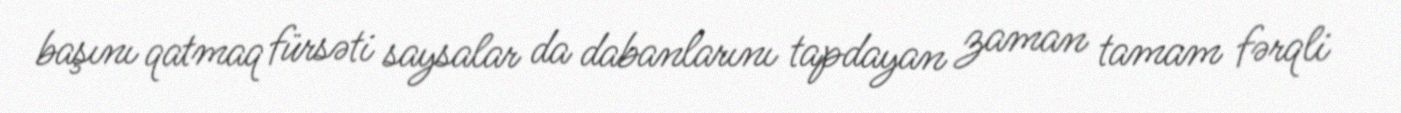
başını qatmaq fürsəti saysalar da dabanlarını tapdayan zaman tamam fərqli